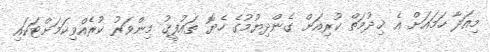
މިއަދާ ހަމައަށް އެ ޚިދުމަތް ކުރިއަށް ގެންދިޔުމުގެ ހެޔޮ ތައުފީޤު މިންވަރު ކުރެއްވިކަމަށްޓަކައި